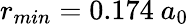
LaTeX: r_{min}=0.174~a_{0}